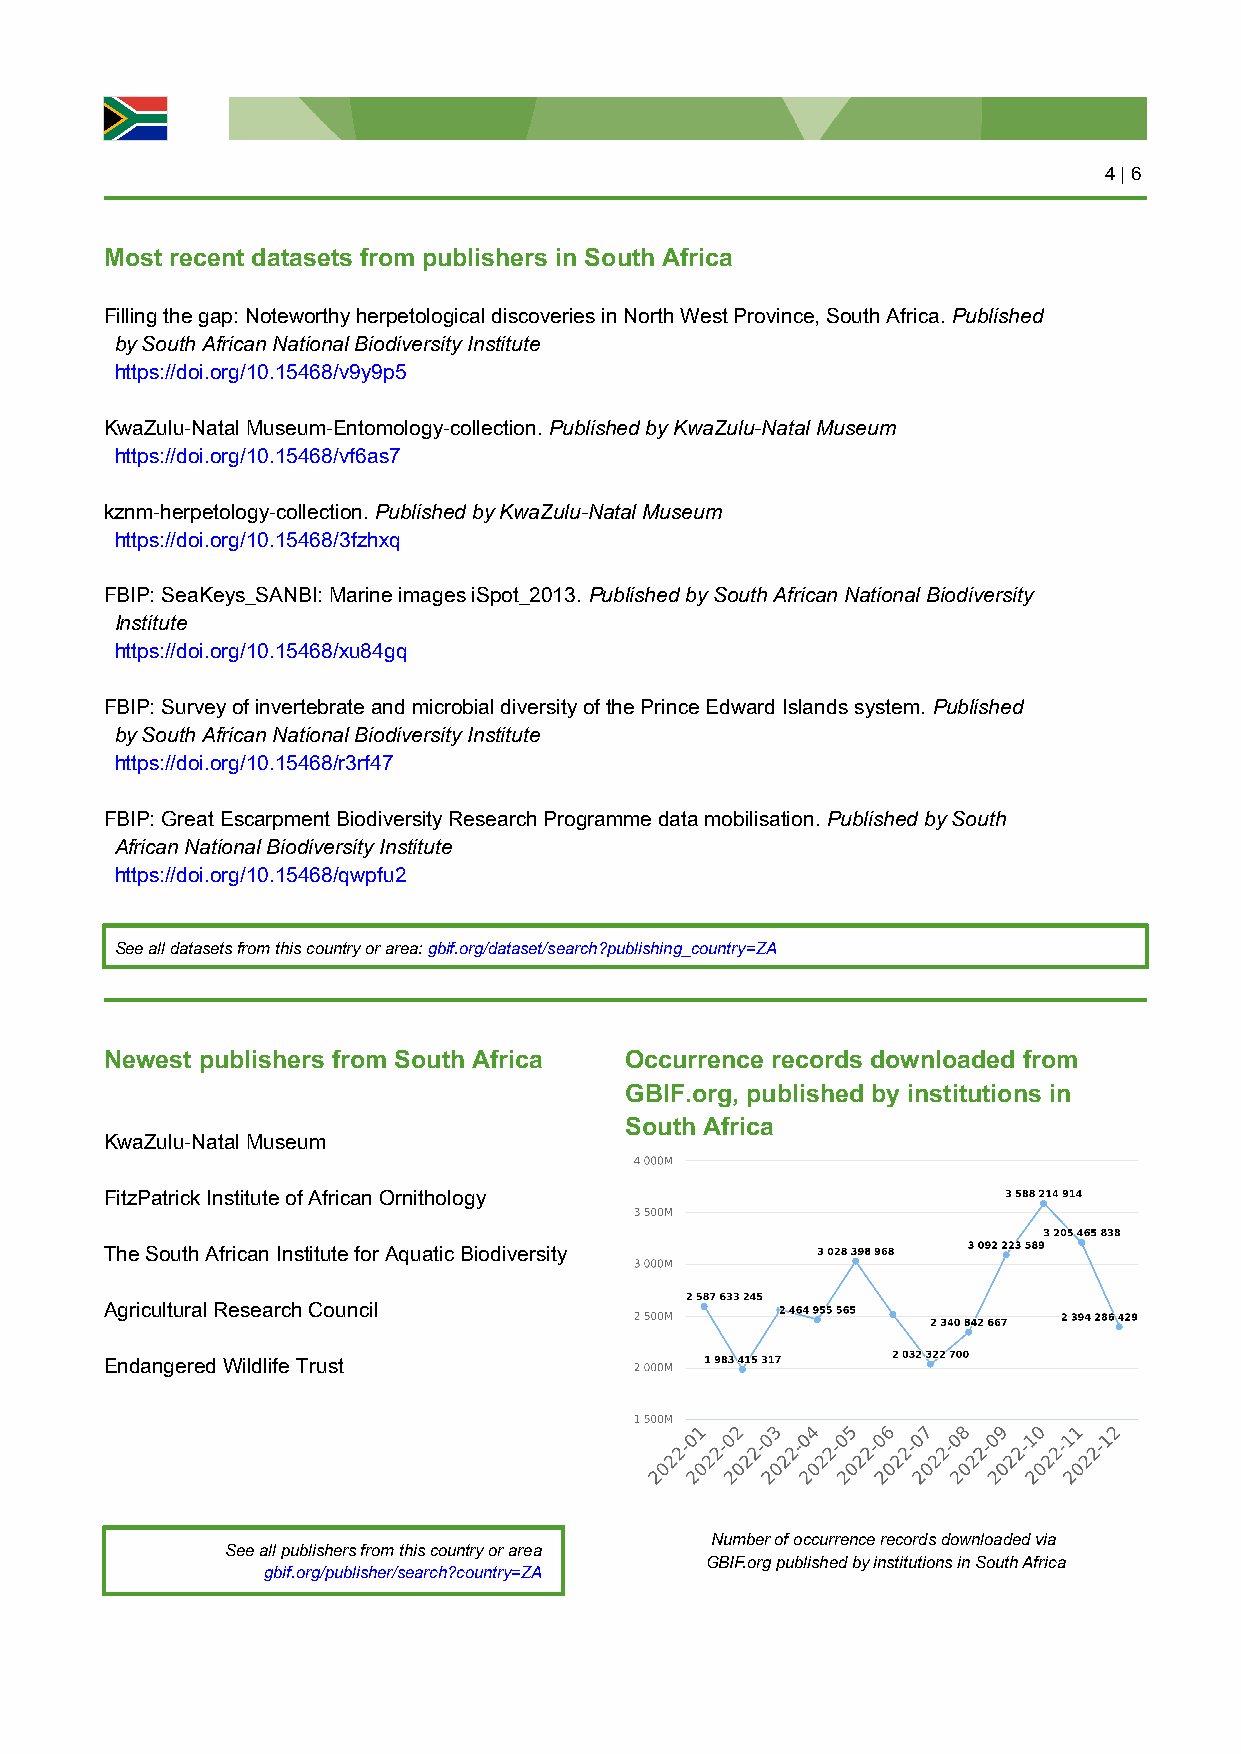
4 | 6
 Most recent datasets from publishers in South Africa
 Filling the gap: Noteworthy herpetological discoveries in North West Province, South Africa. Published
 by South African National Biodiversity Institute
 https://doi.org/10.15468/v9y9p5
 KwaZulu-Natal Museum-Entomology-collection. Published by KwaZulu-Natal Museum
 https://doi.org/10.15468/vf6as7
 kznm-herpetology-collection. Published by KwaZulu-Natal Museum
 https://doi.org/10.15468/3fzhxq
 FBIP: SeaKeys_SANBI: Marine images iSpot_2013. Published by South African National Biodiversity
 Institute
 https://doi.org/10.15468/xu84gq
 FBIP: Survey of invertebrate and microbial diversity of the Prince Edward Islands system. Published
 by South African National Biodiversity Institute
 https://doi.org/10.15468/r3rf47
 FBIP: Great Escarpment Biodiversity Research Programme data mobilisation. Published by South
 African National Biodiversity Institute
 https://doi.org/10.15468/qwpfu2
 See all datasets from this country or area: gbif.org/dataset/search?publishing_country=ZA
 Newest publishers from South Africa Occurrence records downloaded from
 GBIF.org, published by institutions in
 South Africa
 KwaZulu-Natal Museum
 FitzPatrick Institute of African Ornithology
 The South African Institute for Aquatic Biodiversity
 Agricultural Research Council
 Endangered Wildlife Trust
 Number of occurrence records downloaded via
 See all publishers from this country or area
 GBIF.org published by institutions in South Africa
 gbif.org/publisher/search?country=ZA